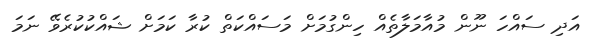
އަދި ސައްހަ ނޫން މުއާމަލާތެއް ހިންގުމަށް މަސައްކަތް ކުރާ ކަމަށް ޝައްކުކުރެވޭ ނަމަ